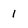
Character: 1